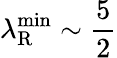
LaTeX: \lambda_{\mathrm{R}}^{\mathrm{min}}\sim\frac{5}{2}